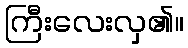
ကြီးလေးလှ၏။